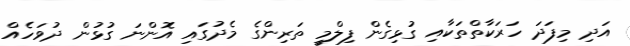
އަދި މިފަދަ ހަރަކާތްތަކާއި ގުޅިގެން ފިލްމީ ތަރިންގެ މެދުގައި އޮންނަ ގުޅުން ދުވަހެއް